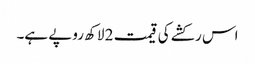
اس رکشے کی قیمت 2 لاکھ روپے ہے۔